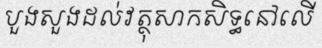
បួងសួងដល់វត្ថុសាកសិទ្ធនៅលើ